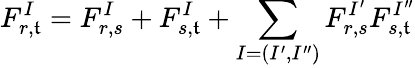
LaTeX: F_{r,\mathfrak{t}}^{I}=F_{r,s}^{I}+F_{s,\mathfrak{t}}^{I}+\sum_{I=(I^{\prime},I^{\prime\prime})}F_{r,s}^{I^{\prime}}F_{s,\mathfrak{t}}^{I^{\prime\prime}}